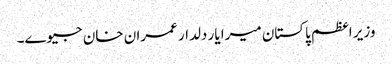
وزیر اعظم پاکستان میرا یار دلدار عمران خان جیوے۔